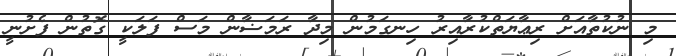
މި ނުކުތާއަށް ރިޢާޔަތްކުރާއިރު ހިނގަމުން މިދާ ރަމަޟާން މަސް ފަލަކީ ގޮތުން ފެށުނީ